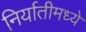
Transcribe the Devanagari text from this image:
निर्यातीमध्ये